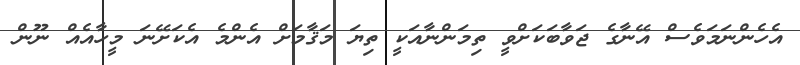
އެހެންނަމަވެސް އޭނާގެ ޖަވާބަކަށްވީ ތިމަންނާއަކީ ތިޔަ މަޤާމަށް އެންމެ އެކަށޭނަ މީހާއެއް ނޫން